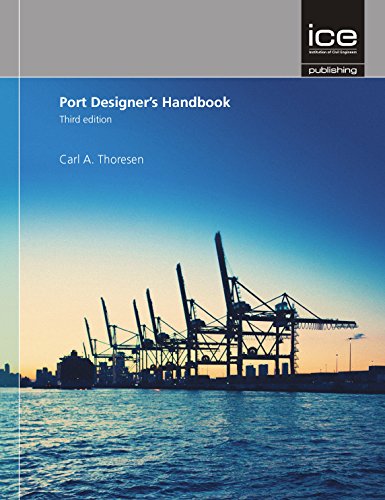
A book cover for Port Designers' Handbook, 3rd Edition; Carl A. Thoresen; Engineering & Transportation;